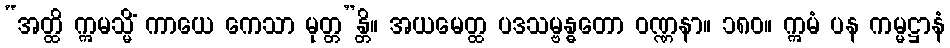
“အတ္ထိ ဣမသ္မိံ ကာယေ ကေသာ မုတ္တ”န္တိ။ အယမေတ္ထ ပဒသမ္ဗန္ဓတော ဝဏ္ဏနာ။ ၁၈၀။ ဣမံ ပန ကမ္မဋ္ဌာနံ